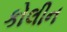
કોલીન